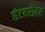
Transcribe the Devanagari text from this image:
हंटबरोबर